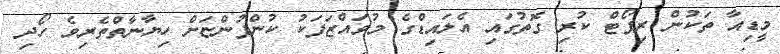
މީޑިއާ ތަކުން ރިޕޯޓް ކުރި ގޮތުގައި އެލައިޑްގެ މުވައްޒަފަކު ކުންފުންޏަށް ހިޔާނާތްތެރިވެ ހޯދި